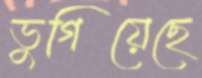
ভুগিয়েছে